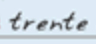
trente